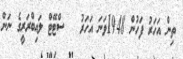
ތިން އަހަރު ފަހުން 1948ވަނަ އަހަރު   ސްޓޭޓް ލައިބްރަރީގެ ނަން